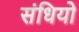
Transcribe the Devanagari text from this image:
संधियो